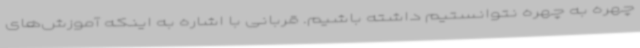
چهره به چهره نتوانستیم داشته باشیم. قربانی با اشاره به اینکه آموزش‌های